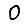
Digit: 0